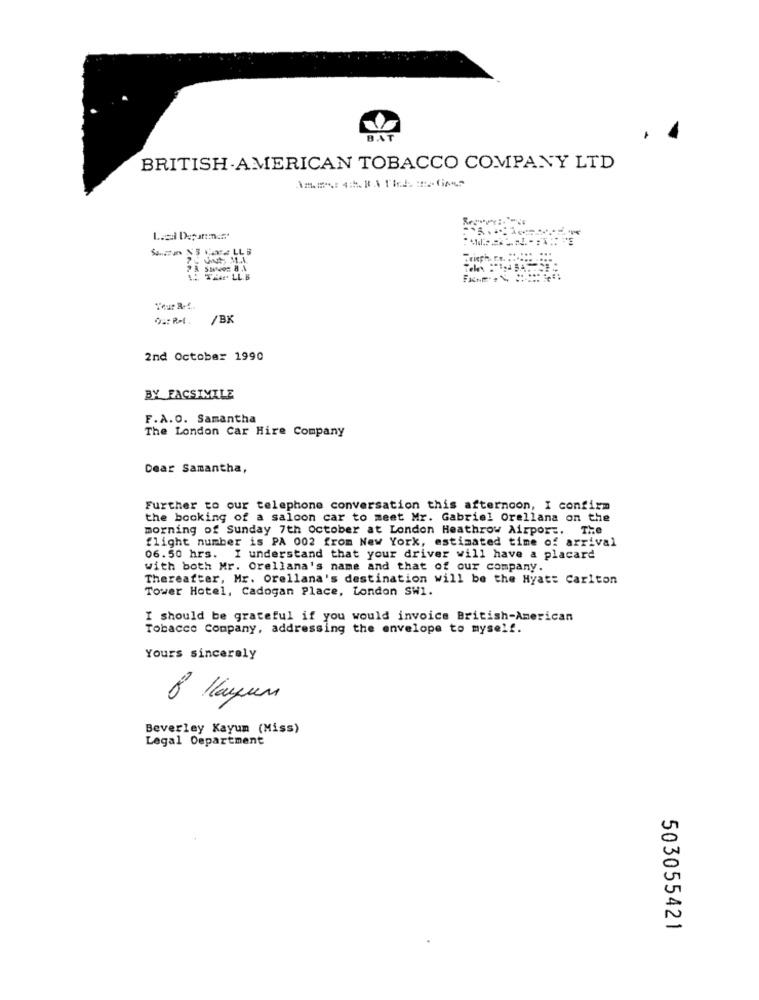
BAT
BRITISH AMERICAN TOBACCO COMPANY LTD
SUNBELLS
Teur R ....
/BK
2nd October 1990
BY FACSIMILE
F.A.O. Samantha
The London Car Hire Company
Dear Samantha,
Further to our telephone conversation this afternoon, I confirm
the booking of a saloon car to meet Mr. Gabriel Orellana on the
morning of Sunday 7th october at London Heathrow Airport.
flight number is PA 002 from New York, estimated time of arrival
06.50 hrs. I understand that your driver will have a placard
with both Mr. Orellana's name and that of our company.
Thereafter, Mr. Orellana's destination will be the Hyatt Carlton
Tower Hotel, Cadogan Place, London SW1.
I should be grateful if you would invoice British-American
Tobacco Company, addressing the envelope to myself.
Yours sincerely
Beverley Kayum (Miss)
Legal Department
503055421